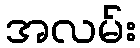
အလမ်း